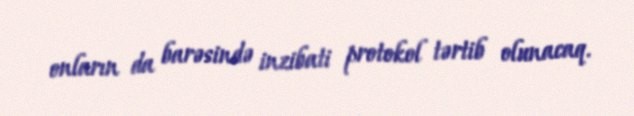
onların da barəsində inzibati protokol tərtib olunacaq.